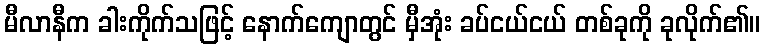
မီလာနီက ခါးကိုက်သဖြင့် နောက်ကျောတွင် မှီအုံး ခပ်ငယ်ငယ် တစ်ခုကို ခုလိုက်၏။